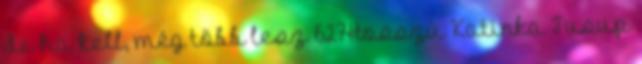
de ha kell, még több lesz 627Hosszú Katinka Tusup